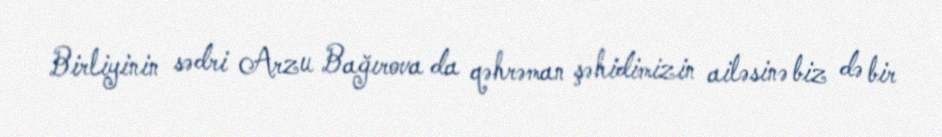
Birliyinin sədri Arzu Bağırova da qəhrəman şəhidimizin ailəsinə biz də bir